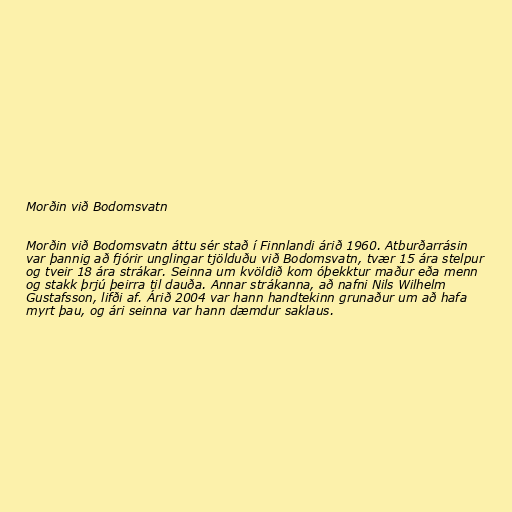
Morðin við Bodomsvatn

Morðin við Bodomsvatn áttu sér stað í Finnlandi árið 1960. Atburðarrásin
var þannig að fjórir unglingar tjölduðu við Bodomsvatn, tvær 15 ára stelpur
og tveir 18 ára strákar. Seinna um kvöldið kom óþekktur maður eða menn
og stakk þrjú þeirra til dauða. Annar strákanna, að nafni Nils Wilhelm
Gustafsson, lifði af. Árið 2004 var hann handtekinn grunaður um að hafa
myrt þau, og ári seinna var hann dæmdur saklaus.